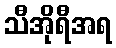
သီအိုရီအရ